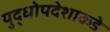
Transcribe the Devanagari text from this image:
युद्धोपदेशाकडे